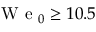
\mathrm { ~ W ~ e ~ } _ { 0 } \ge 1 0 . 5